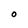
Character: O